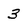
Character: 3